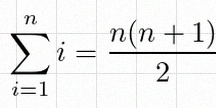
\sum_{i=1}^{n}i=\frac{n(n+1)}2